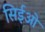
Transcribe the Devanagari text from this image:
सिईओ